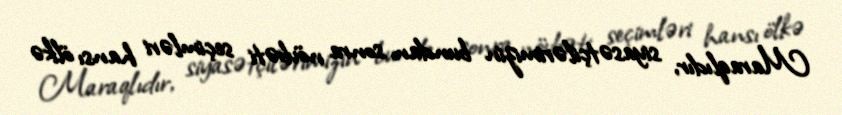
Maraqlıdır, siyasətçilərimizin bundan sonra növbəti seçimləri hansı ölkə